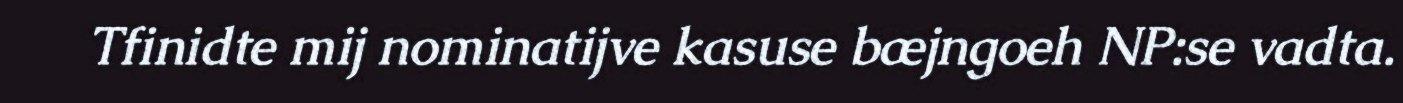
Tfinidte mij nominatijve kasuse bæjngoeh NP:se vadta.